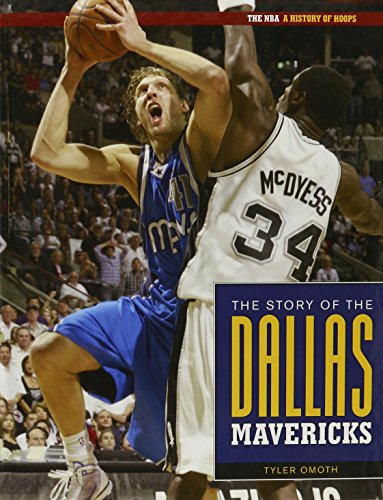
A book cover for The Story Of The Dallas Mavericks (The NBA: a History of Hoops); Tyler Omoth; Teen & Young Adult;